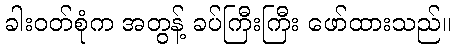
ခါးဝတ်စုံက အတွန့် ခပ်ကြီးကြီး ဖော်ထားသည်။